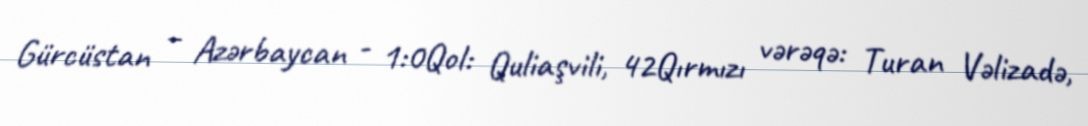
Gürcüstan – Azərbaycan - 1:0Qol: Quliaşvili, 42Qırmızı vərəqə: Turan Vəlizadə,